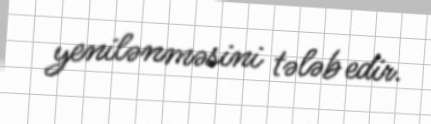
yenilənməsini tələb edir.